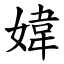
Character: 媁